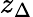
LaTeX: z_{\Delta}